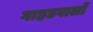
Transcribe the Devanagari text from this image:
गाहडवालों